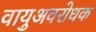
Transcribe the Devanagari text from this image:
वायुअवरोधक